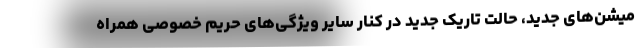
میشن‌های جدید، حالت تاریک جدید در کنار سایر ویژگی‌های حریم خصوصی همراه